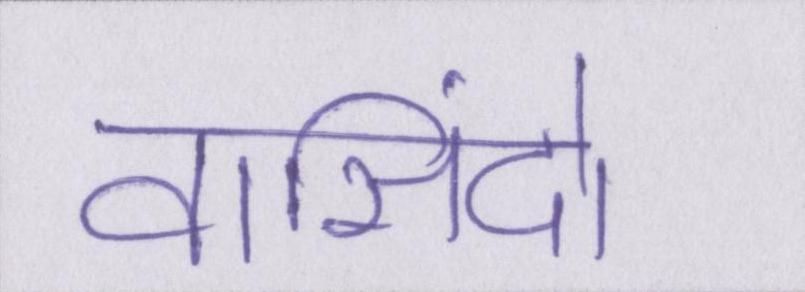
वासिंदो